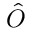
\hat { O }